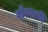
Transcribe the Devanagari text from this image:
बोरबाकी